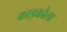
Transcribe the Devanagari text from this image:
काइकोला